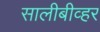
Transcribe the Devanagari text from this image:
सालीबीव्हर